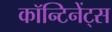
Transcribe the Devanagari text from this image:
कॉन्टिनेंट्स